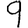
Digit: 9